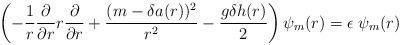
LaTeX: \begin{align*}\left(-{1 \over r} {\partial \over{\partial r}} r {\partial \over {\partial r}} +{(m-\delta a(r))^2\over r^2} -{ g \delta h(r)\over 2} \right) \psi_{m}(r) = \epsilon \;\psi _{m}(r)\end{align*}